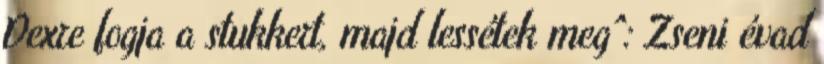
Dexre fogja a stukkert, majd lessétek meg^: Zseni évad